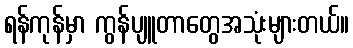
ရန်ကုန်မှာ ကွန်ပျူတာတွေအသုံးများတယ်။